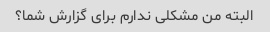
البته من مشکلی ندارم برای گزارش شما؟